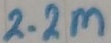
Text: 2.2M